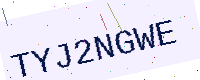
Text: TYJ2NGWE